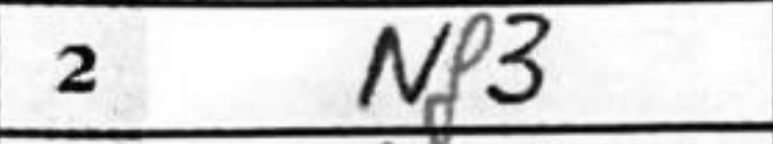
Transcription: Nf3